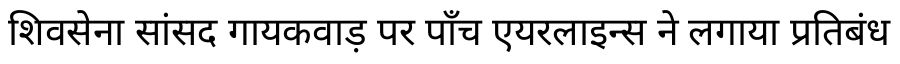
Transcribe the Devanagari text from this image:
शिवसेना सांसद गायकवाड़ पर पाँच एयरलाइन्स ने लगाया प्रतिबंध